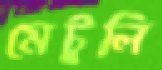
মেটুলি